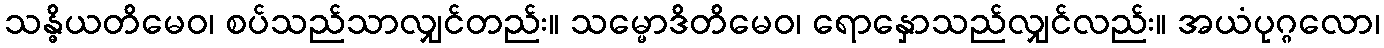
သန္ဓိယတိမေဝ၊ စပ်သည်သာလျှင်တည်း။ သမ္မောဒိတိမေဝ၊ ရောနှောသည်လျှင်လည်း။ အယံပုဂ္ဂလော၊